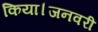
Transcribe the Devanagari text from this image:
किया।जनवरी